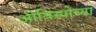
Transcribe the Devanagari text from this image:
ओबिस्पोच्या